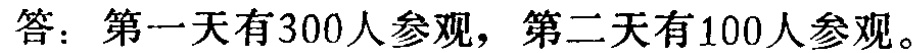
答：第一天有300人参观，第二天有100人参观。